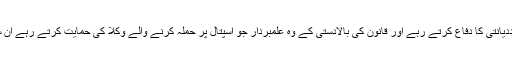
وہ طاقتور لوگ جو جج ارشد ملک کی بددیانتی کا دفاع کرتے رہے اور قانون کی بالادستی کے وہ علمبردار جو اسپتال پر حملہ کرنے والے وکلا کی حمایت کرتے رہے ان سب کا 2029میں کوئی نام لیوا نہ ہوگا۔